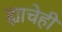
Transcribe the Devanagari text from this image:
ह्याचेही